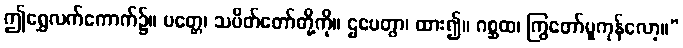
ဤရွှေလက်ကောက်၌။ ပတ္တေ၊ သပိတ်တော်တို့ကို။ ဌပေတွာ၊ ထား၍။ ဂစ္ဆထ၊ ကြွတော်မူကုန်လော့။”